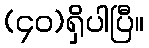
(၄၀)ရှိပါပြီ။